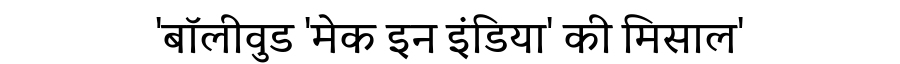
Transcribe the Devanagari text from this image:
'बॉलीवुड 'मेक इन इंडिया' की मिसाल'